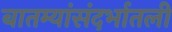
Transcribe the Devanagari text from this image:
बातम्यांसंदर्भातली